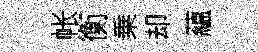
帐衡乗却藴